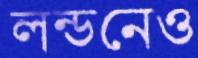
লন্ডনেও